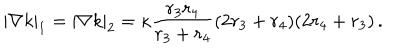
LaTeX: | \nabla k | _ { 1 } = | \nabla k | _ { 2 } = \kappa \frac { r _ { 3 } r _ { 4 } } { r _ { 3 } + r _ { 4 } } ( 2 r _ { 3 } + r _ { 4 } ) ( 2 r _ { 4 } + r _ { 3 } ) \, .